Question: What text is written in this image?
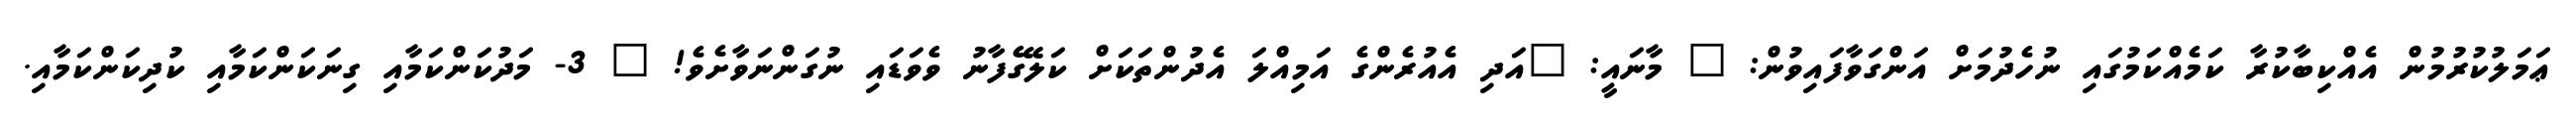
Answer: ޢަމަލުކުރުމުން އެއްކިބާކުރާ ކަމެއްކަމުގައި ނުހެދުމަށް އަންގަވާފައިވުން: " މާނައީ: "އަދި އެއުރެންގެ އަމިއްލަ އެދުންތަކަށް ކަލޭގެފާނު ވެވަޑައި ނުގަންނަވާށެވެ! " 3- މަދުކަންކަމާއި ގިނަކަންކަމާއި ކުދިކަންކަމާއި.